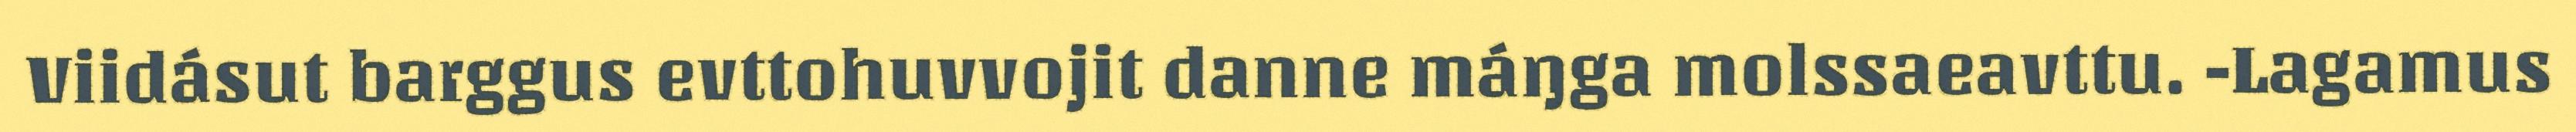
Viidásut barggus evttohuvvojit danne máŋga molssaeavttu. -Lagamus